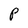
Character: P